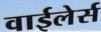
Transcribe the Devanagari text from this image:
वाईलेर्स